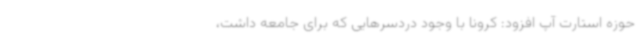
حوزه استارت آپ افزود: کرونا با وجود دردسرهایی که برای جامعه داشت،